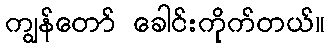
ကျွန်တော် ခေါင်းကိုက်တယ်။